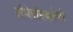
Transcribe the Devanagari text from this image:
लैपेरोस्कोपी